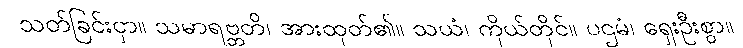
သတ်ခြင်းငှာ။ သမာရဗ္ဘတိ၊ အားထုတ်၏။ သယံ၊ ကိုယ်တိုင်။ ပဌမံ၊ ရှေးဦးစွာ။